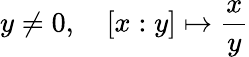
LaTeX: y\neq 0,\quad[x:y]\mapsto{\frac{x}{y}}